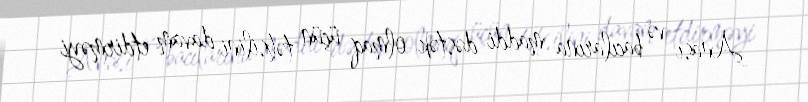
Anası və bacılarına maddi dəstək olmaq üçün təhsilini davam etdirməyi